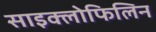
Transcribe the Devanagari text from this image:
साइक्लोफिलिन